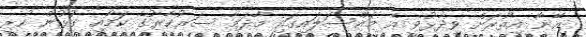
އޭނާ އިތުރަށް ވިދާޅުވީ އެ މައްސަލައިގައި މާދަމާ ސަރުކާރުގެ ކަމާއި ގުޅުން ހުރި